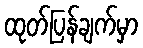
ထုတ်ပြန်ချက်မှာ